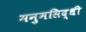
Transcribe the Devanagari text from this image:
मनुमसिद्धी